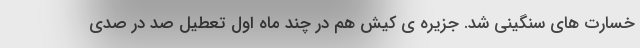
خسارت های سنگینی شد. جزیره ی کیش هم در چند ماه اول تعطیل صد در صدی